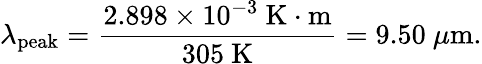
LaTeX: \lambda_{\mathrm{peak}}={\frac{2.898\times 10^{-3}~{\mathrm{K}}\cdot{\mathrm{m}}}{305~{\mathrm{K}}}}=9.50~\mu{\mathrm{m}}.